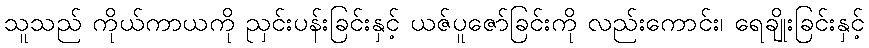
သူသည် ကိုယ်ကာယကို ညှင်းပန်းခြင်းနှင့် ယဇ်ပူဇော်ခြင်းကို လည်းကောင်း၊ ရေချိုးခြင်းနှင့်